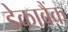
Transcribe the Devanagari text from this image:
डेकाबैंक